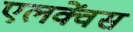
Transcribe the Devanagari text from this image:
एलक्वेंस